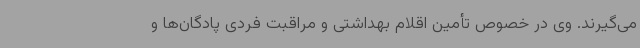
می‌گیرند. وی در خصوص تأمین اقلام بهداشتی و مراقبت فردی پادگان‌ها و